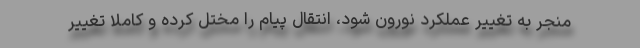
منجر به تغییر عملکرد نورون شود، انتقال پیام را مختل کرده و کاملا تغییر